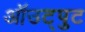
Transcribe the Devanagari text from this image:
ऑउट्पुट